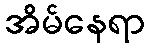
အိမ်နေရာ